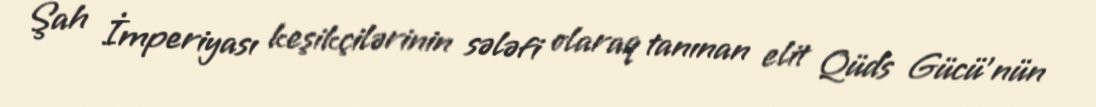
Şah İmperiyası keşikçilərinin sələfi olaraq tanınan elit Qüds Gücü'nün